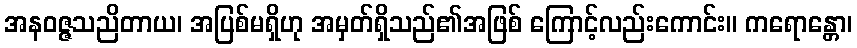
အနဝဇ္ဇသညိတာယ၊ အပြစ်မရှိဟု အမှတ်ရှိသည်၏အဖြစ် ကြောင့်လည်းကောင်း။ ကရောန္တော၊